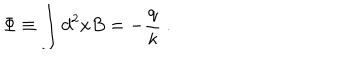
LaTeX: \Phi \equiv \displaystyle \int d ^ { 2 } x B = - \frac q \kappa { \ . }